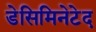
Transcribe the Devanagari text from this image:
डेसिमिनेटेद